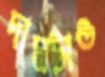
দামটাও